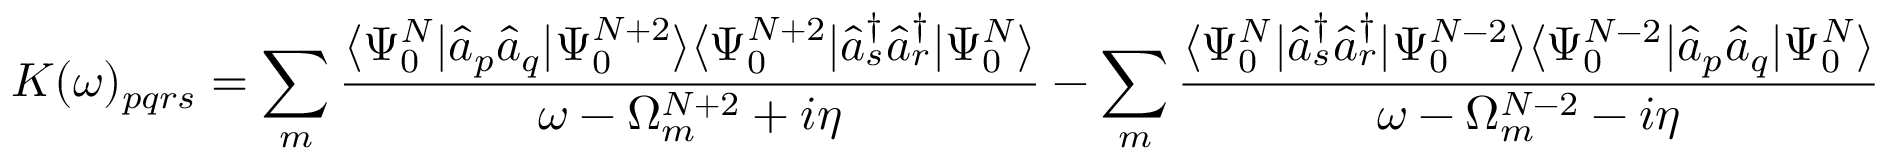
K ( \omega ) _ { p q r s } = \sum _ { m } \frac { \langle \Psi _ { 0 } ^ { N } | \hat { a } _ { p } \hat { a } _ { q } | \Psi _ { 0 } ^ { N + 2 } \rangle \langle \Psi _ { 0 } ^ { N + 2 } | \hat { a } _ { s } ^ { \dagger } \hat { a } _ { r } ^ { \dagger } | \Psi _ { 0 } ^ { N } \rangle } { \omega - \Omega _ { m } ^ { N + 2 } + i \eta } - \sum _ { m } \frac { \langle \Psi _ { 0 } ^ { N } | \hat { a } _ { s } ^ { \dagger } \hat { a } _ { r } ^ { \dagger } | \Psi _ { 0 } ^ { N - 2 } \rangle \langle \Psi _ { 0 } ^ { N - 2 } | \hat { a } _ { p } \hat { a } _ { q } | \Psi _ { 0 } ^ { N } \rangle } { \omega - \Omega _ { m } ^ { N - 2 } - i \eta }